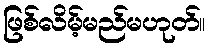
ဖြစ်လိမ့်မည်မဟုတ်။